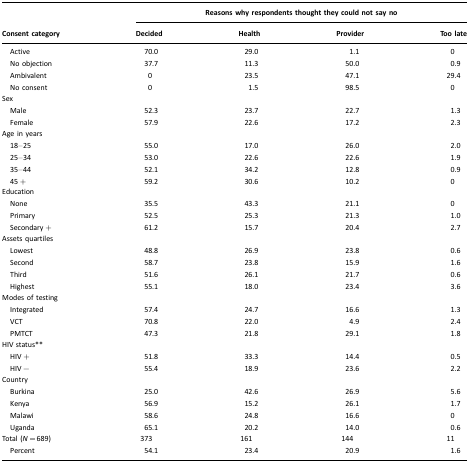
|  | <COLSPAN=4> Reasons why respondents thought they could not say no |
 | Consent category | Decided | Health | Provider | Too late |
 | --- | --- | --- | --- | --- |
 | Active | 70.0 | 29.0 | 1.1 | 0 |
 | No objection | 37.7 | 11.3 | 50.0 | 0.9 |
 | Ambivalent | 0 | 23.5 | 47.1 | 29.4 |
 | No consent | 0 | 1.5 | 98.5 | 0 |
 | Sex |  |  |  |  |
 | Male | 52.3 | 23.7 | 22.7 | 1.3 |
 | Female | 57.9 | 22.6 | 17.2 | 2.3 |
 | Age in years |  |  |  |  |
 | 18–25 | 55.0 | 17.0 | 26.0 | 2.0 |
 | 25–34 | 53.0 | 22.6 | 22.6 | 1.9 |
 | 35–44 | 52.1 | 34.2 | 12.8 | 0.9 |
 | 45+ | 59.2 | 30.6 | 10.2 | 0 |
 | Education |  |  |  |  |
 | None | 35.5 | 43.3 | 21.1 | 0 |
 | Primary | 52.5 | 25.3 | 21.3 | 1.0 |
 | Secondary+ | 61.2 | 15.7 | 20.4 | 2.7 |
 | Assets quartiles |  |  |  |  |
 | Lowest | 48.8 | 26.9 | 23.8 | 0.6 |
 | Second | 58.7 | 23.8 | 15.9 | 1.6 |
 | Third | 51.6 | 26.1 | 21.7 | 0.6 |
 | Highest | 55.1 | 18.0 | 23.4 | 3.6 |
 | Modes of testing |  |  |  |  |
 | Integrated | 57.4 | 24.7 | 16.6 | 1.3 |
 | VCT | 70.8 | 22.0 | 4.9 | 2.4 |
 | PMTCT | 47.3 | 21.8 | 29.1 | 1.8 |
 | HIV status** |  |  |  |  |
 | HIV+ | 51.8 | 33.3 | 14.4 | 0.5 |
 | HIV− | 55.4 | 18.9 | 23.6 | 2.2 |
 | Country |  |  |  |  |
 | Burkina | 25.0 | 42.6 | 26.9 | 5.6 |
 | Kenya | 56.9 | 15.2 | 26.1 | 1.7 |
 | Malawi | 58.6 | 24.8 | 16.6 | 0 |
 | Uganda | 65.1 | 20.2 | 14.0 | 0.6 |
 | Total (N=689) | 373 | 161 | 144 | 11 |
 | Percent | 54.1 | 23.4 | 20.9 | 1.6 |